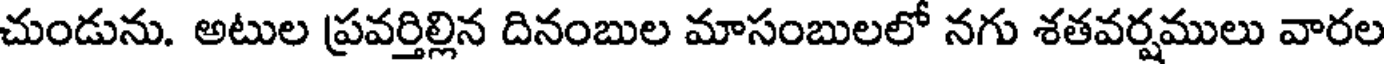
చుండును. అటుల ప్రవర్తిల్లిన దినంబుల మాసంబులలో నగు శతవర్షములు వారల